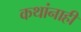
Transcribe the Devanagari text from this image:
कथांनाही